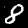
Digit: 8